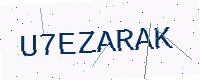
Text: U7EZARAK